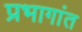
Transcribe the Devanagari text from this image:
प्रभागांत